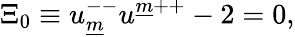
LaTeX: \Xi_{{0}}\equiv u_{\underline{{{m}}}}^{--}u^{\underline{{{m}}}{++}}-2=0,